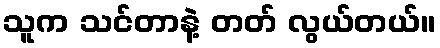
သူက သင်တာနဲ့ တတ် လွယ်တယ်။